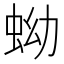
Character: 蚴